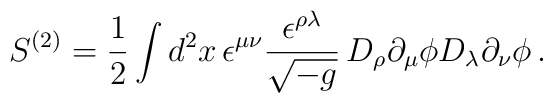
S^{(2)}=\frac{1}{2}\int d^2x\,\epsilon^{\mu\nu}\frac{\epsilon^{\rho\lambda}}{\sqrt{-g}}\,D_\rho\partial_\mu\phi D_\lambda\partial_\nu\phi\,.